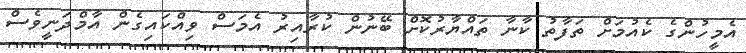
އެމީހުންގެ ކެއުމަށް ތަފާތު ކާނާ ތައްޔާރުކޮށް ބޭނުން ކުރާއިރު އެމަސް ވިއްކައިގެން އާމްދަނީވެސް